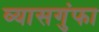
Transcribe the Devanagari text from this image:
व्यासगुंफा